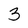
Character: 3